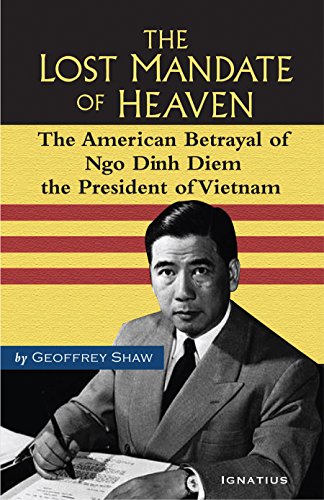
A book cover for The Lost Mandate of Heaven: The American Betrayal of Ngo Dinh Diem, President of Vietnam; Geoffrey Shaw; Biographies & Memoirs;